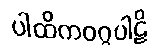
ပါထိကဝဂ္ဂပါဠိ